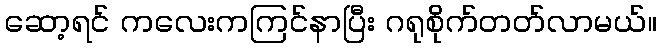
ဆော့ရင် ကလေးကကြင်နာပြီး ဂရုစိုက်တတ်လာမယ်။